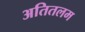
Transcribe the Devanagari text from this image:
अतितलम